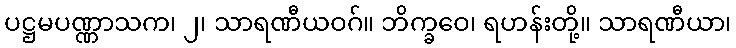
ပဋ္ဌမပဏ္ဏာသက၊ ၂၊ သာရဏီယဝဂ်။ ဘိက္ခဝေ၊ ရဟန်းတို့။ သာရဏီယာ၊